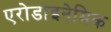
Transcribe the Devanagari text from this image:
एरोडाइनेमिक